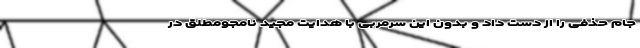
جام حذفی را از دست داد و بدون این سرمربی با هدایت مجید نامجومطلق در